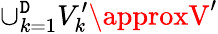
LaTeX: \cup_{k=1}^{\mathtt{D}}V_{k}^{\prime}\approxV^{\prime}